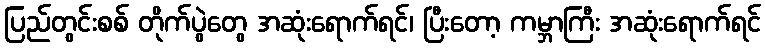
ပြည်တွင်းစစ် တိုက်ပွဲတွေ အဆုံးရောက်ရင်၊ ပြီးတော့ ကမ္ဘာကြီး အဆုံးရောက်ရင်